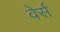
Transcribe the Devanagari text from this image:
वेर्स